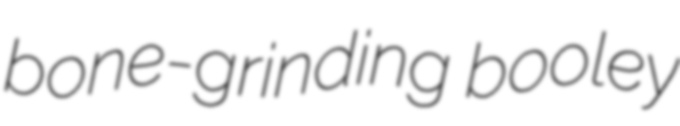
bone-grinding booley